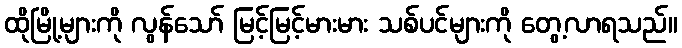
ထိုမြို့များကို လွန်သော် မြင့်မြင့်မားမား သစ်ပင်များကို တွေ့လာရသည်။